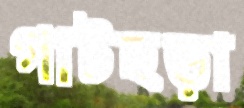
গাটছড়া